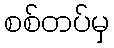
စစ်တပ်မှ